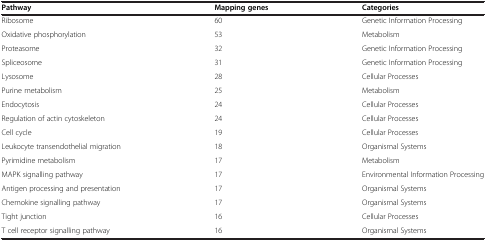
<table><thead><tr><td><b>Pathway</b></td><td><b>Mapping genes</b></td><td><b>Categories</b></td></tr></thead><tbody><tr><td>Ribosome</td><td>60</td><td>Genetic Information Processing</td></tr><tr><td>Oxidative phosphorylation</td><td>53</td><td>Metabolism</td></tr><tr><td>Proteasome</td><td>32</td><td>Genetic Information Processing</td></tr><tr><td>Spliceosome</td><td>31</td><td>Genetic Information Processing</td></tr><tr><td>Lysosome</td><td>28</td><td>Cellular Processes</td></tr><tr><td>Purine metabolism</td><td>25</td><td>Metabolism</td></tr><tr><td>Endocytosis</td><td>24</td><td>Cellular Processes</td></tr><tr><td>Regulation of actin cytoskeleton</td><td>24</td><td>Cellular Processes</td></tr><tr><td>Cell cycle</td><td>19</td><td>Cellular Processes</td></tr><tr><td>Leukocyte transendothelial migration</td><td>18</td><td>Organismal Systems</td></tr><tr><td>Pyrimidine metabolism</td><td>17</td><td>Metabolism</td></tr><tr><td>MAPK signalling pathway</td><td>17</td><td>Environmental Information Processing</td></tr><tr><td>Antigen processing and presentation</td><td>17</td><td>Organismal Systems</td></tr><tr><td>Chemokine signalling pathway</td><td>17</td><td>Organismal Systems</td></tr><tr><td>Tight junction</td><td>16</td><td>Cellular Processes</td></tr><tr><td>T cell receptor signalling pathway</td><td>16</td><td>Organismal Systems</td></tr></tbody></table>